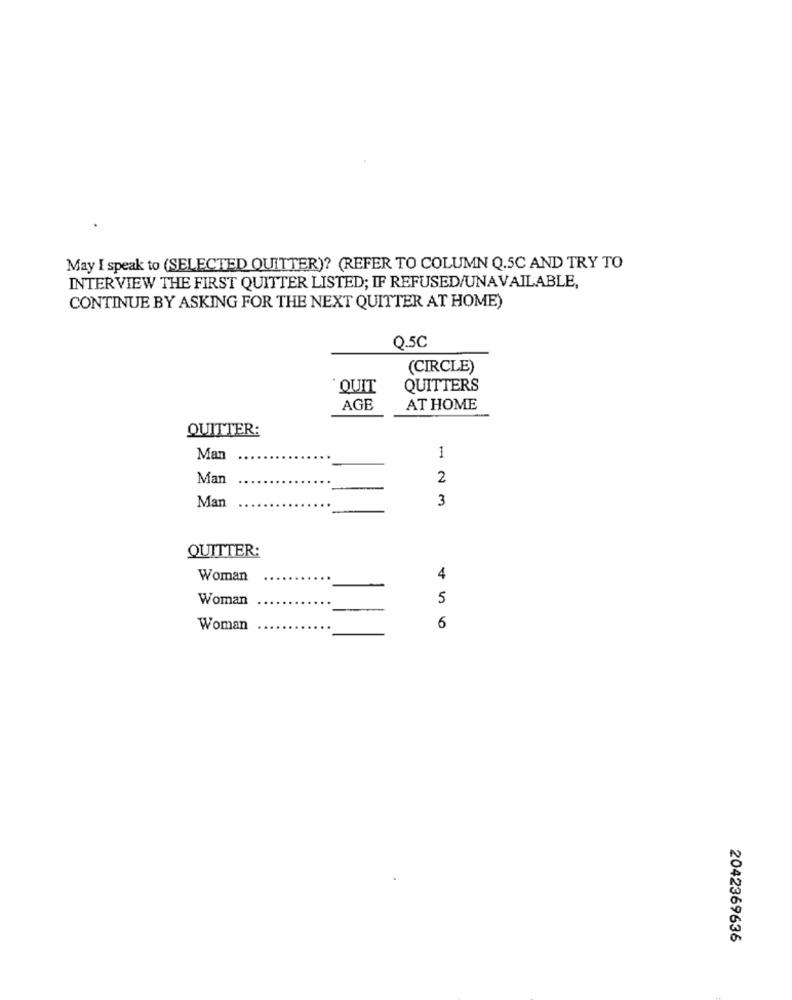
May I speak to (SELECTED QUITTER)? (REFER TO COLUMN Q.5C AND TRY TO
INTERVIEW THE FIRST QUITTER LISTED; IF REFUSED/UNAVAILABLE,
CONTINUE BY ASKING FOR THE NEXT QUITTER AT HOME)
Q.5C
(CIRCLE)
· QUIT
QUITTERS
AGE
AT HOME
QUITTER:
1
Man
Man
2
Man
3
QUITTER:
Woman
4
Woman
5
Woman
6
2042369636